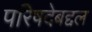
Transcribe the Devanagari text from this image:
परिषदेबद्दल